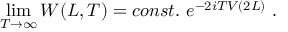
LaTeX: \operatorname * { l i m } _ { T \to \infty } { \cal W } ( L , T ) = c o n s t . \ e ^ { - 2 i T V ( 2 L ) } \ .